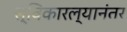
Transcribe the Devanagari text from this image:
स्विकारल्यानंतर